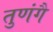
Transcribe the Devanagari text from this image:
तुणंगै